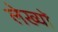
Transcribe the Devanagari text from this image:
लेख्यों